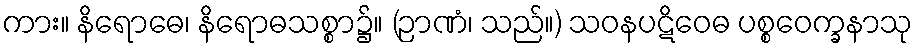
ကား။ နိရောဓေ၊ နိရောဓသစ္စာ၌။ (ဉာဏံ၊ သည်။) သဝနပဋိဝေဓ ပစ္စဝေက္ခနာသု